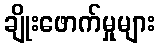
ချိုးဖောက်မှုများ